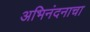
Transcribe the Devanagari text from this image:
अभिनंदनाचा